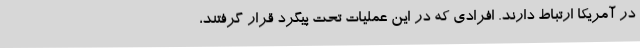
در آمریکا ارتباط دارند. افرادی که در این عملیات تحت پیگرد قرار گرفتند،